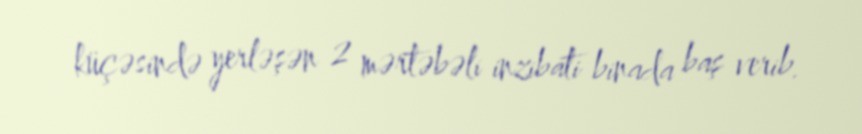
küçəsində yerləşən 2 mərtəbəli inzibati binada baş verib.